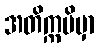
အတိက္ကမိမှာ